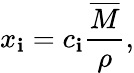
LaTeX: x_{\mathbf{i}}=c_{\mathbf{i}}{\frac{{\overline{{{M}}}}}{{\rho}}},